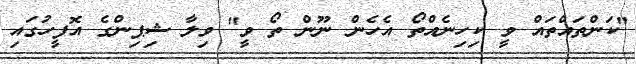
"ކަންތައްތައް ވީ ކިހިނެއްތޯ އެހެން ނޫން ތޯ ވީ" ވިލާ ޝިޕިންގެ އޮފީހުގައި